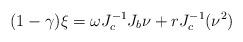
LaTeX: \begin{align*}(1-\gamma)\xi= \omega J^{-1}_cJ_b\nu+ rJ^{-1}_c(\nu^2)\end{align*}